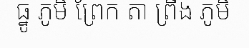
ធ្នូ ភូមិ ព្រែក តា ព្រីង ភូមិ